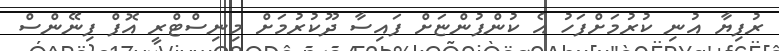
ރުފިޔާ އުނި ކުރުމަށްފަހު އެ ކުންފުންޏަށް ފައިސާ ދޫކުރުމަށް މިނިސްޓްރީ އޮފް ފިނޭންސް